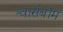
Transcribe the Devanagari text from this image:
श्वार्सबॉम